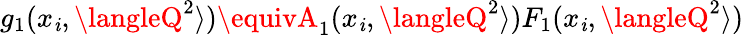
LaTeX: g_{1}(x_{\mathit{i}},\langleQ^{2}\rangle)\equivA_{1}(x_{\mathit{i}},\langleQ^{2}\rangle)F_{1}(x_{\mathit{i}},\langleQ^{2}\rangle)